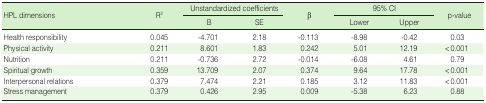
<table><thead><tr><td rowspan="2"><b>HPL dimensions</b></td><td rowspan="2"><b>R<sup>2</sup></b></td><td colspan="2"><b>Unstandardized coefficients</b></td><td rowspan="2"><b>β</b></td><td colspan="2"><b>95% CI</b></td><td rowspan="2"><b>p-value</b></td></tr><tr><td><b>B</b></td><td><b>SE</b></td><td><b>Lower</b></td><td><b>Upper</b></td></tr></thead><tbody><tr><td>Health responsibility</td><td>0.045</td><td>-4.701</td><td>2.18</td><td>-0.113</td><td>-8.98</td><td>-0.42</td><td>0.03</td></tr><tr><td>Physical activity</td><td>0.211</td><td>8.601</td><td>1.83</td><td>0.242</td><td>5.01</td><td>12.19</td><td>&lt;0.001</td></tr><tr><td>Nutrition</td><td>0.211</td><td>-0.736</td><td>2.72</td><td>-0.014</td><td>-6.08</td><td>4.61</td><td>0.79</td></tr><tr><td>Spiritual growth</td><td>0.359</td><td>13.709</td><td>2.07</td><td>0.374</td><td>9.64</td><td>17.78</td><td>&lt;0.001</td></tr><tr><td>Interpersonal relations</td><td>0.379</td><td>7.474</td><td>2.21</td><td>0.185</td><td>3.12</td><td>11.83</td><td>&lt;0.001</td></tr><tr><td>Stress management</td><td>0.379</td><td>0.426</td><td>2.95</td><td>0.009</td><td>-5.38</td><td>6.23</td><td>0.88</td></tr></tbody></table>